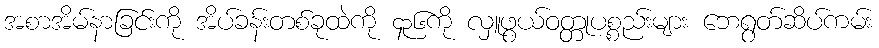
အစာအိမ်နာခြင်းကို အိပ်ခန်းတစ်ခုထဲကို ၄၃၆ကို လှူဖွယ်ဝတ္တုပစ္စည်းများ ဘေရွတ်ဆိပ်ကမ်း